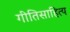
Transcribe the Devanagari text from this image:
गीतिसाहित्य